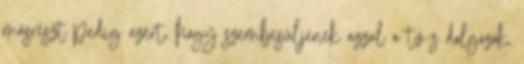
másrészt pedig azért, hogy szembesüljenek azzal a tv-s dolgozók,